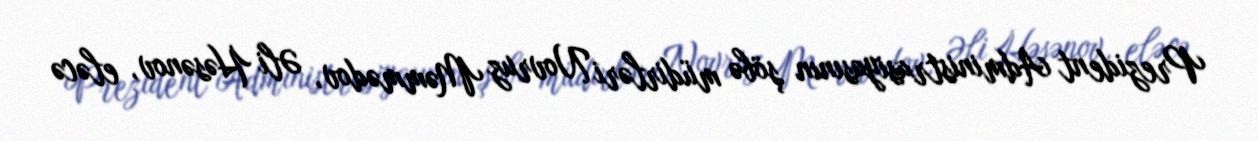
Prezident Administrasiyasının şöbə müdirləri Novruz Məmmədov, Əli Həsənov, eləcə